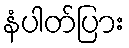
နံပါတ်ပြား